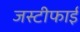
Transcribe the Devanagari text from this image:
जस्टीफाई